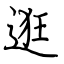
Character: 逛